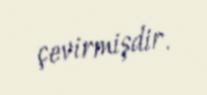
çevirmişdir.